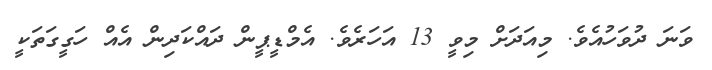
ވަނަ ދުވަހުއެވެ. މިއަދަށް މިވީ 13 އަހަރެވެ. އެމްޑީޕީން ދައްކަދިން އެއް ހަގީގަތަކީ